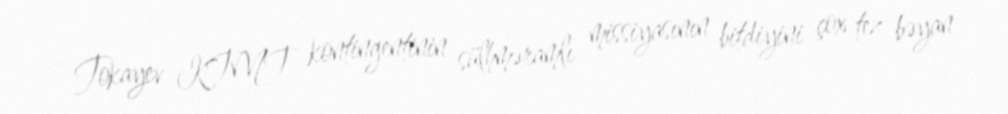
- Tokayev KTMT kontingentinin sülhməramlı missiyasının bitdiyini çox tez bəyan